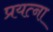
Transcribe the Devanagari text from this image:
प्रयत्ना